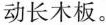
动长木板。